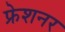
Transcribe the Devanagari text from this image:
फ्रेशनर